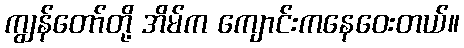
ကျွန်တော်တို့ အိမ်က ကျောင်းကနေဝေးတယ်။